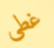
غطى